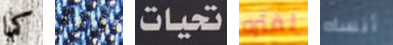
كما فرقته تحيات لفتره أنساه